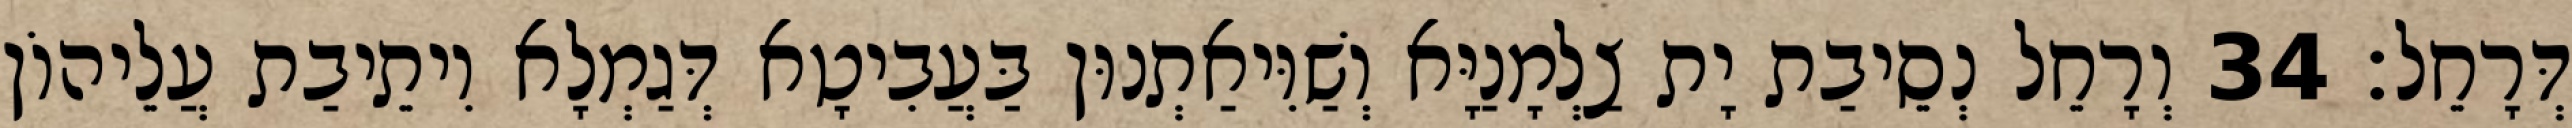
דְּרָחֵל׃ 34 וְרָחֵל נְסֵיבַת יָת צַלְמָנַיָּא וְשַׁוִּיאַתְנוּן בַּעֲבִיטָא דְּגַמְלָא וִיתֵיבַת עֲלֵיהוֹן